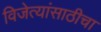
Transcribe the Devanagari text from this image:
विजेत्यांसाठीचा